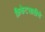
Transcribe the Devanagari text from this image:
क्रिकेटसाठीचे